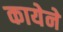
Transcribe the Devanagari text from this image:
कायेने